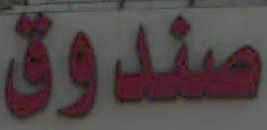
صندوق